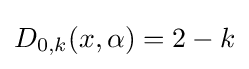
D_{0,k}(x,\alpha )=2-k